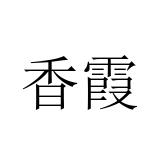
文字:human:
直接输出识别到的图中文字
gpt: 香霞